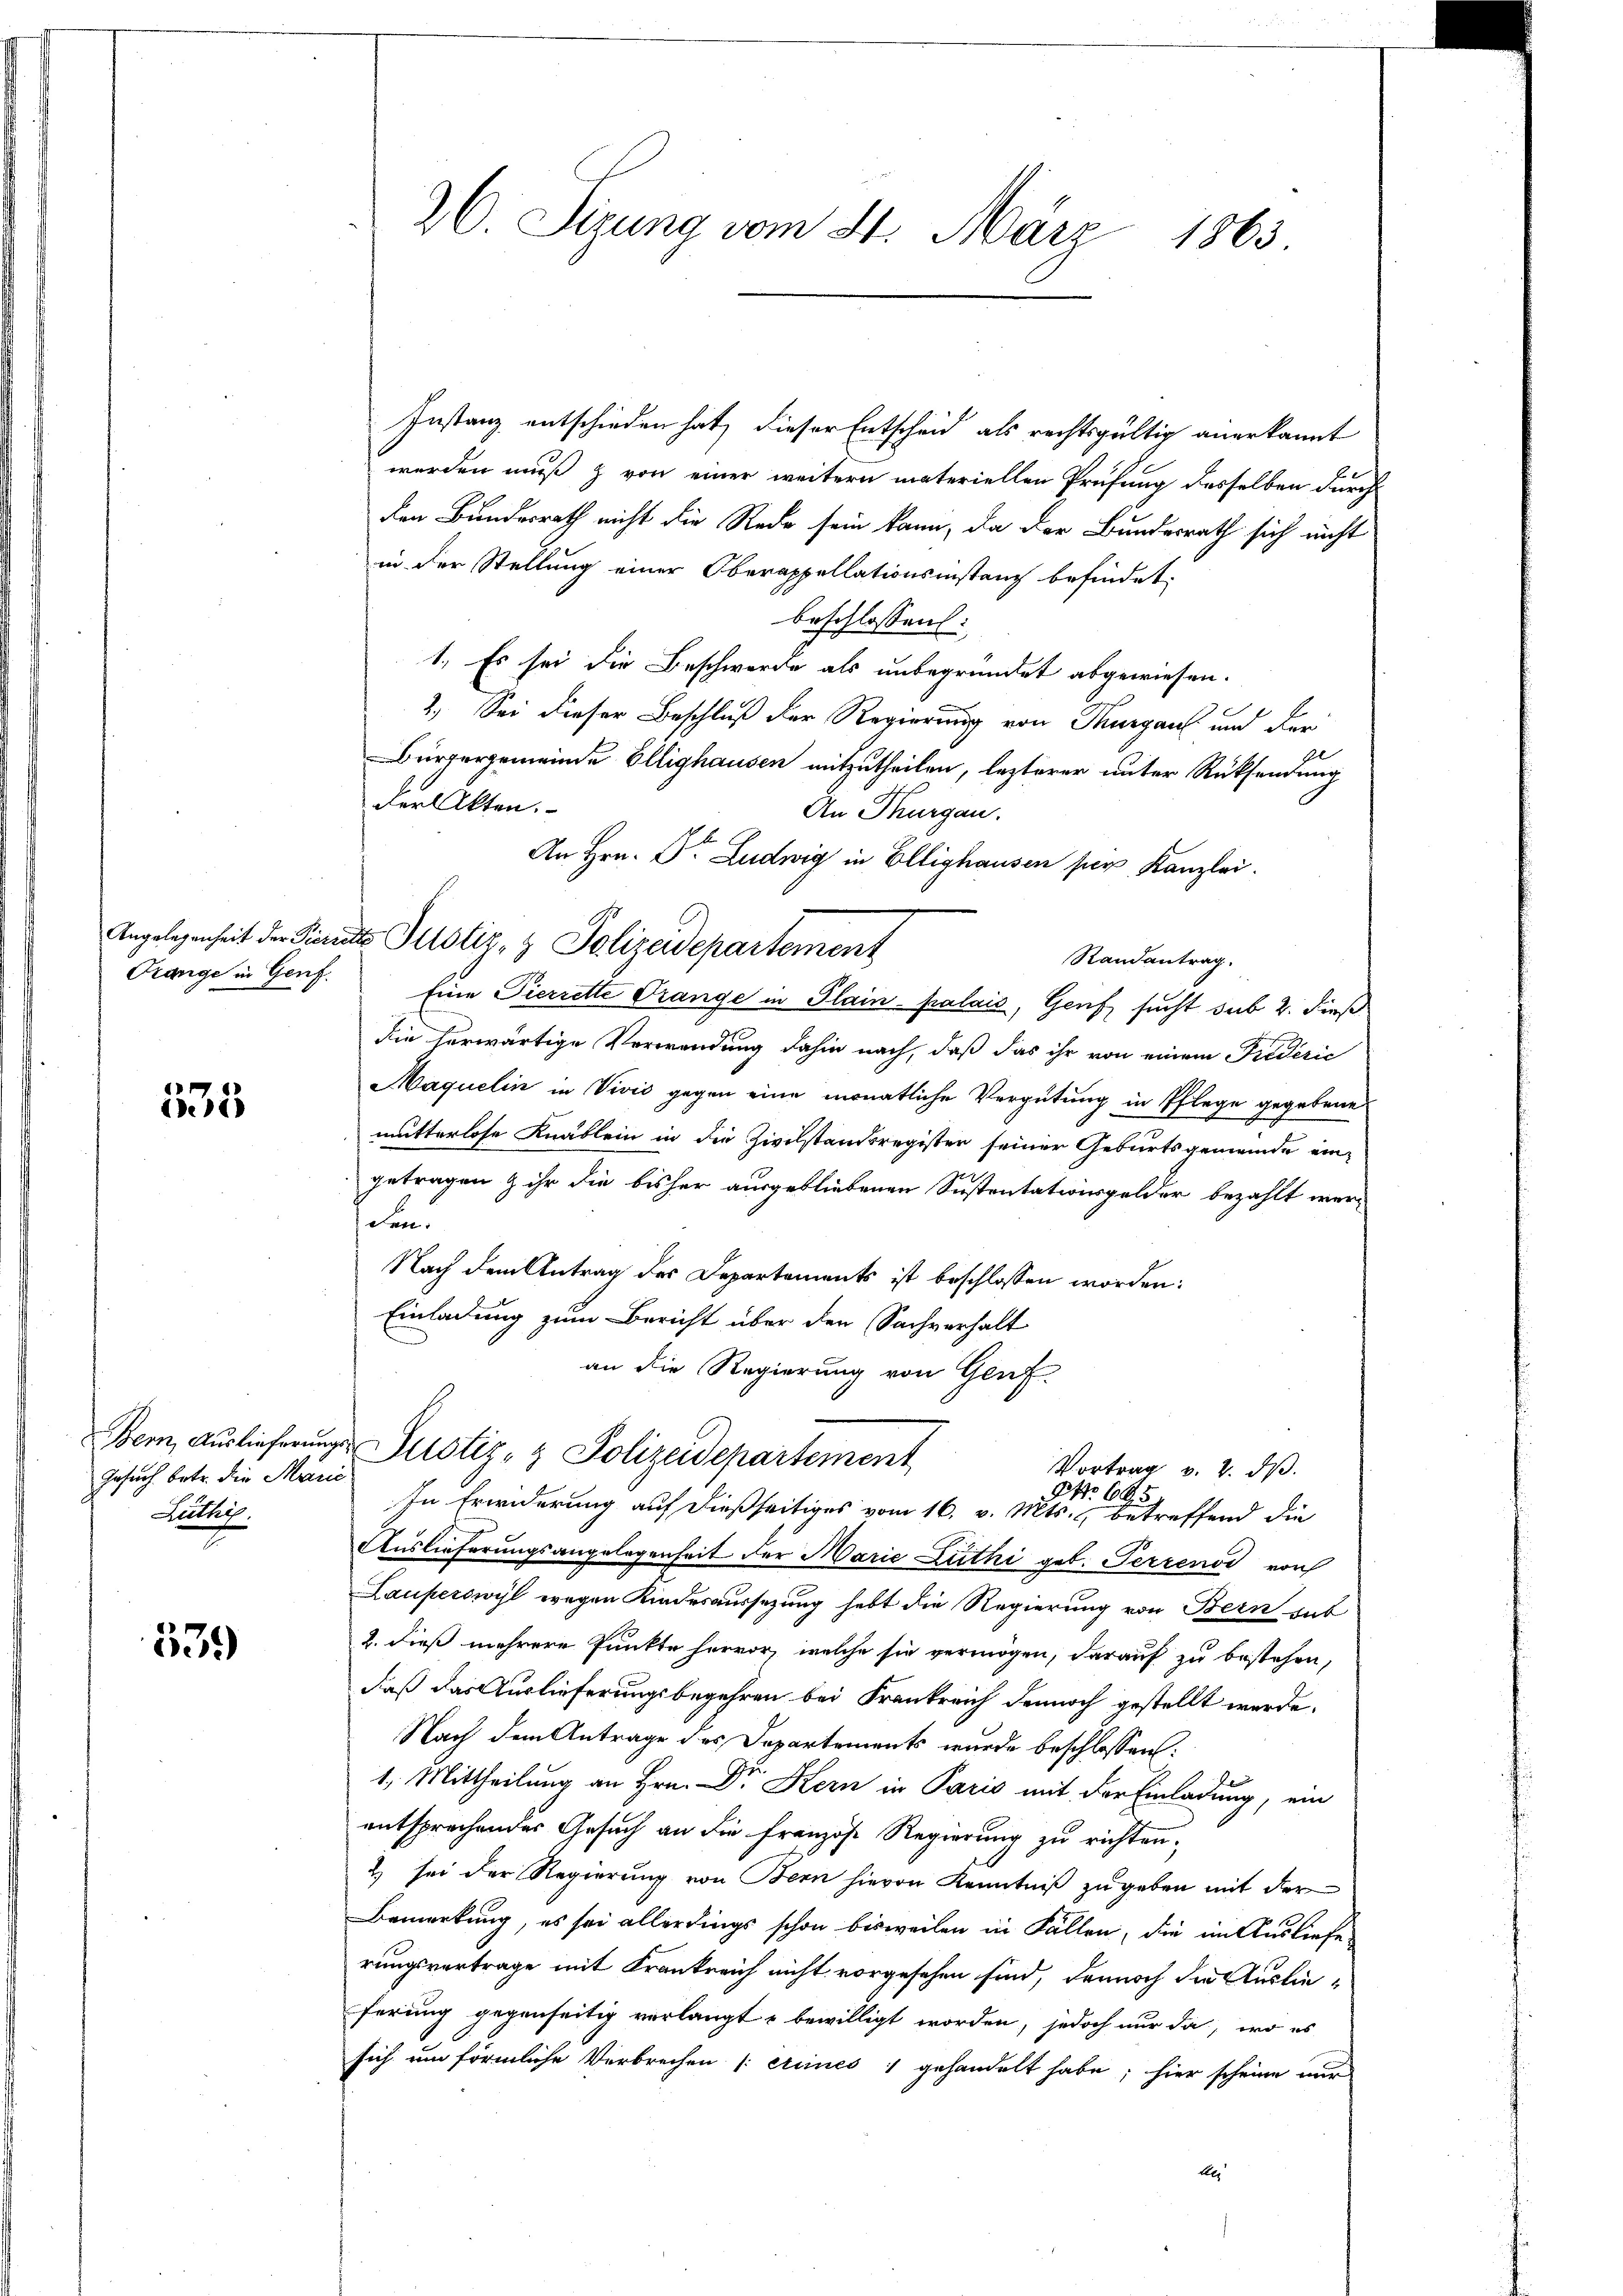
535

Gesuch. betr. die Marić
Lüthy.

539

26. Sizung vom 21. März 1863.

Instanz entschieden hat, dieser Entscheid als rechtsgültig anerkannt
werden muß & von einer weitern materiellen Prüfung desselben durch
den Bundesrath nicht die Rede sein kann, da der Bundesrath sich nicht
in der Stellung einer Oberappellationsinstanz befindet,
beschlossen:
1. Es sei die Beschwerde als unbegründet abgewiesen.
2.) Sei dieser Beschluß der Regierung von Thurgau und der
Bürgergemeinde Ellighausen mitzutheilen, lezterer unter Rücksendung
Der Akten.
An Thurgau.
An Hrn. Dr. Ludwig in Ellighausen per Kanzlei.
Randantrag
Orange in Genf. Eine Pierrette Drange in Plain palais, Genf sucht sub 2. dieß
die herwärtige Verwendung dahin nach, daß das ihr von einem Friderić
Maquelin in Vivić gegen eine monatliche Vergütung in Pflege gegebene
mutterlose Knäblein in die Zivilstandsregister seiner Geburtsgemeinde ein-
getragen & ihr die bisher ausgebliebenen Sustentationsgelder bezahlt werden
Nach dem Antrag des Departements ist beschlossen worden:
Einladung zum Bericht über den Sachverhalt
an die Regierung von Genf.
Bern, Auslieferung stiz- & Polizeidepartement
Vortrag v. 2. dβ.
NNo 695.
In Erwiderung auf dießseitiges vom 16. v. Mts., betreffend die
Auslieferungsangelegenheit der Marie Zuthi geb. Perrend von
Lauperswyl wegen Kinderaussetzung hebt die Regierung von Bern sub
2. dieß mehrere Punkte hervor, welche sie vermögen, darauf zu bestehen,
daß das Auslieferungsbegehren bei Frankreich dennoch gestellt werde.
Nach dem Antrage des Departements wurde beschlossen:
1. Mittheilung an Hrn. Dr Kern in Paris mit der Einladung, ein
entsprechendes Gesuch an die Franzose Regierung zu richten.
2) sei der Regierung von Bern hievon Kenntniß zugeben mit der
Bemerkung, es sei allerdings schon bisweilen in Fällen, die im Ausliefe
rungsvertrage mit Krankreich nicht vorgesehen sind, dennoch die Auslieferung gegenseitig verlangt u bewilligt worden, jedoch nur da, wo es
sich um förmliche Verbrechen (: eines 1 gehandelt habe; hier scheine nur

Angelegenheit der Pieritt Illotiz & Polizeidepartement